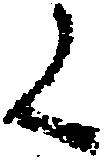
く